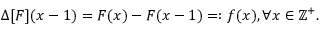
\Delta [ F ] ( x - 1 ) = F ( x ) - F ( x - 1 ) = : f ( x ) , \forall x \in \mathbb { Z } ^ { + } .